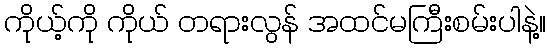
ကိုယ့်ကို ကိုယ် တရားလွန် အထင်မကြီးစမ်းပါနဲ့။